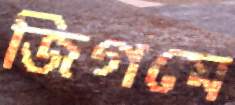
জিগমে